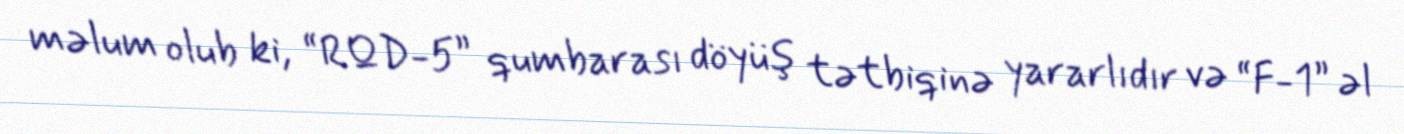
məlum olub ki, “RQD-5” qumbarası döyüş tətbiqinə yararlıdır və “F-1” əl